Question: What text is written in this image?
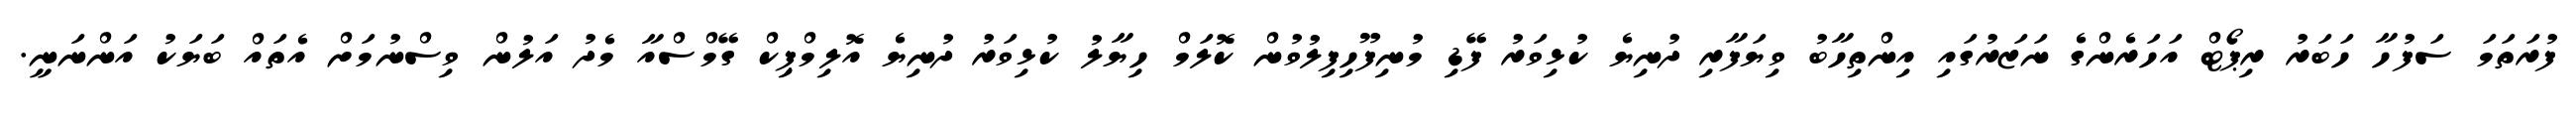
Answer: ފުރަތަމަ ސަފުހާ ހަބަރު ރިޕޯޓް އަހަރެންގެ ނަޒަރުގައި އިންތިހާބު ވިޔަފާރި ދުނިޔެ ކުޅިވަރު ފޭޑި މުނިފޫހިފިލުވުން ކޮލަމް ހިޔާލު ކުޅިވަރު ދުނިޔެ އޮލިމްޕިކް ގޭމްސްއާ މެދު އަލުން ވިސްނުމަށް އެތައް ބަޔަކު އަންނަނީ.